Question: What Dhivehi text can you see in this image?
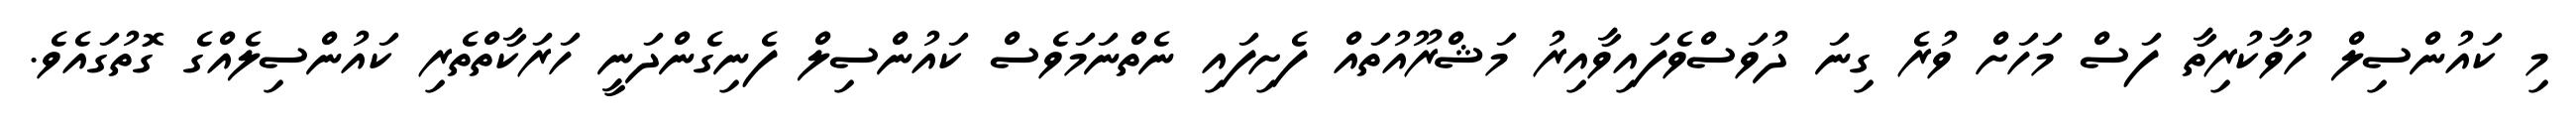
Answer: މި ކައުންސިލް ހުވާކުރިތާ ފަސް މަހަށް ވުރެ ގިނަ ދުވަސްވެފައިވާއިރު މަޝްރޫއުތައް ފެށިފައި ނެތްނަމަވެސް ކައުންސިލް ފެނިގެންދަނީ ހަރަކާތްތެރި ކައުންސިލެއްގެ ގޮތުގައެވެ.